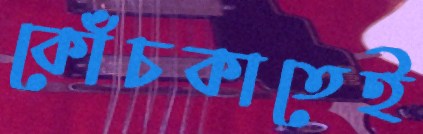
কোঁচকাতেই